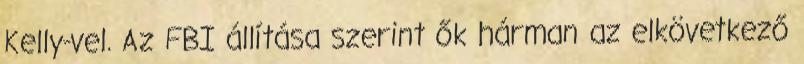
Kelly-vel. Az FBI állítása szerint ők hárman az elkövetkező